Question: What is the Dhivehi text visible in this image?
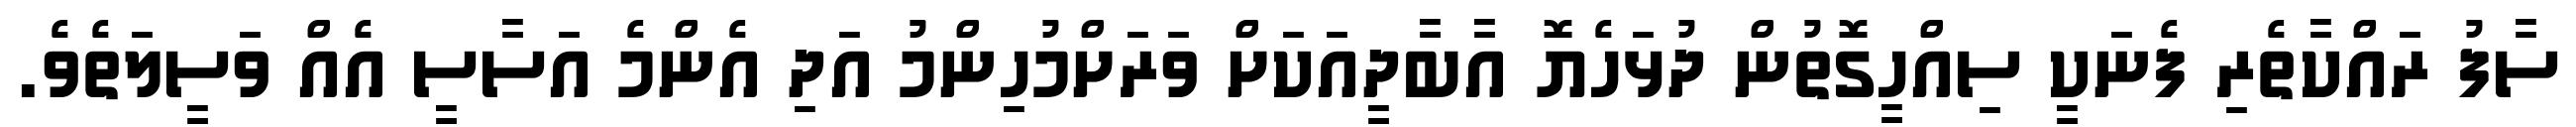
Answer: ސާފު ރައްކާތެރި ފެނަކީ ސިއްހީގޮތުން ދުޅަހެޔޮ އާބާދީއަކަށް ވަރަށްމުހިންމު އަދި އެންމެ އަސާސީ އެއް ވަސީލަތެވެ.